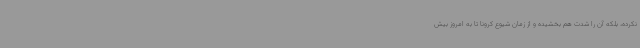
نکرده، بلکه آن را شدت هم بخشیده و از زمان شیوع کرونا تا به امروز بیش